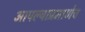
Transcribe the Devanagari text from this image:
आपल्याप्रमाणेच